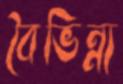
বৈভিন্ন্য